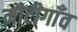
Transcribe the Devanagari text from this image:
नौटीगाँव